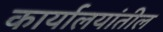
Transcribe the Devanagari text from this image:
कार्यालयांतील